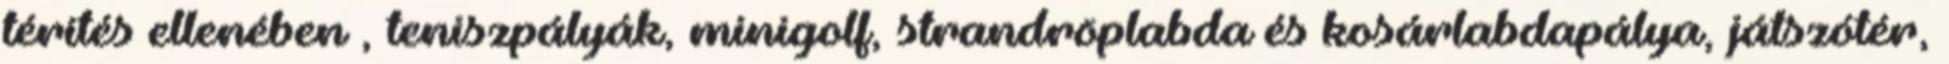
térítés ellenében , teniszpályák, minigolf, strandröplabda és kosárlabdapálya, játszótér,